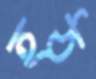
হঠ